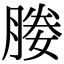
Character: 媵